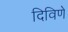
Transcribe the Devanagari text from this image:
दिविणे